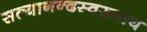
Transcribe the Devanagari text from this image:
सत्यानन्दस्वरूपाय